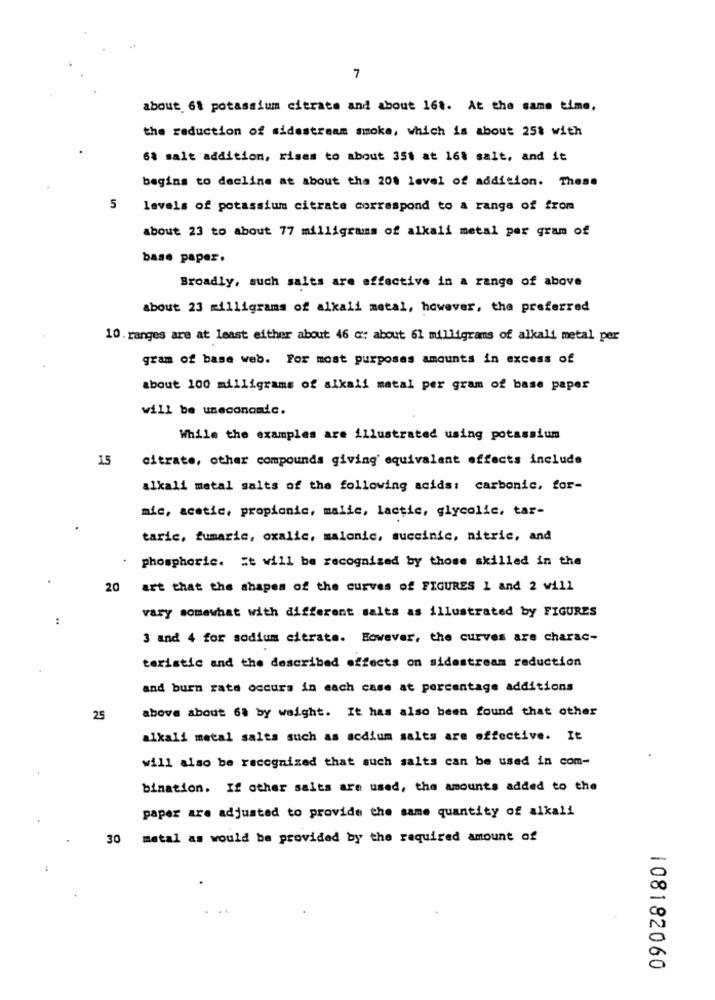
7
about. 61 potassium citrate and about 161. At the same time.
the reduction of sidestream smoke, which is about 25% with
6% salt addition, rises to about 351 at 168 salt, and it
begins to decline at about the 200 level of addition. These
5
levels of potassium citrate correspond to a range of from
about 23 to about 77 milligrams of alkali metal per gram of
base paper.
Broadly, such salts are effective in a range of above
about 23 milligrams of alkali metal, however, the preferred
10 . ranges are at least either about 46 a: about 61 milligrams of alkali metal per
gram of base web. For most purposes amounts in excess of
about 100 milligrams of alkali metal per gram of base paper
will be uneconomic.
While the examples are illustrated using potassium
15
citrate, other compounds giving' equivalent effects include
alkali metal salts of the following acids: carbonic. for-
mic, acetic, propionic, malic, lactic, glycolic, tar-
taric, fumarie, oxalic, malonic, succinic, nitric, and
phosphoric. it will be recognized by those skilled in the
20
art that the shapes of the curves of FIGURES 1 and 2 will
vary somewhat with different salts as illustrated by FIGURES
3 and 4 for sodium citrate. However, the curves are charac-
teristic and the described effects on sidestream reduction
and burn rate occurs in each case at percentage additions
above about 6ª by weight. It has also been found that other
25
alkali metal salts such as acdium salts are effective. It
will also be recognized that such salts can be used in com-
bination. If other salts are used, the amounts added to the
paper are adjusted to provide the same quantity of alkali
30
metal as would be provided by the required amount of
108182060